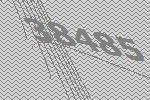
38485